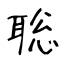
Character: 聡